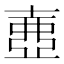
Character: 𡔲